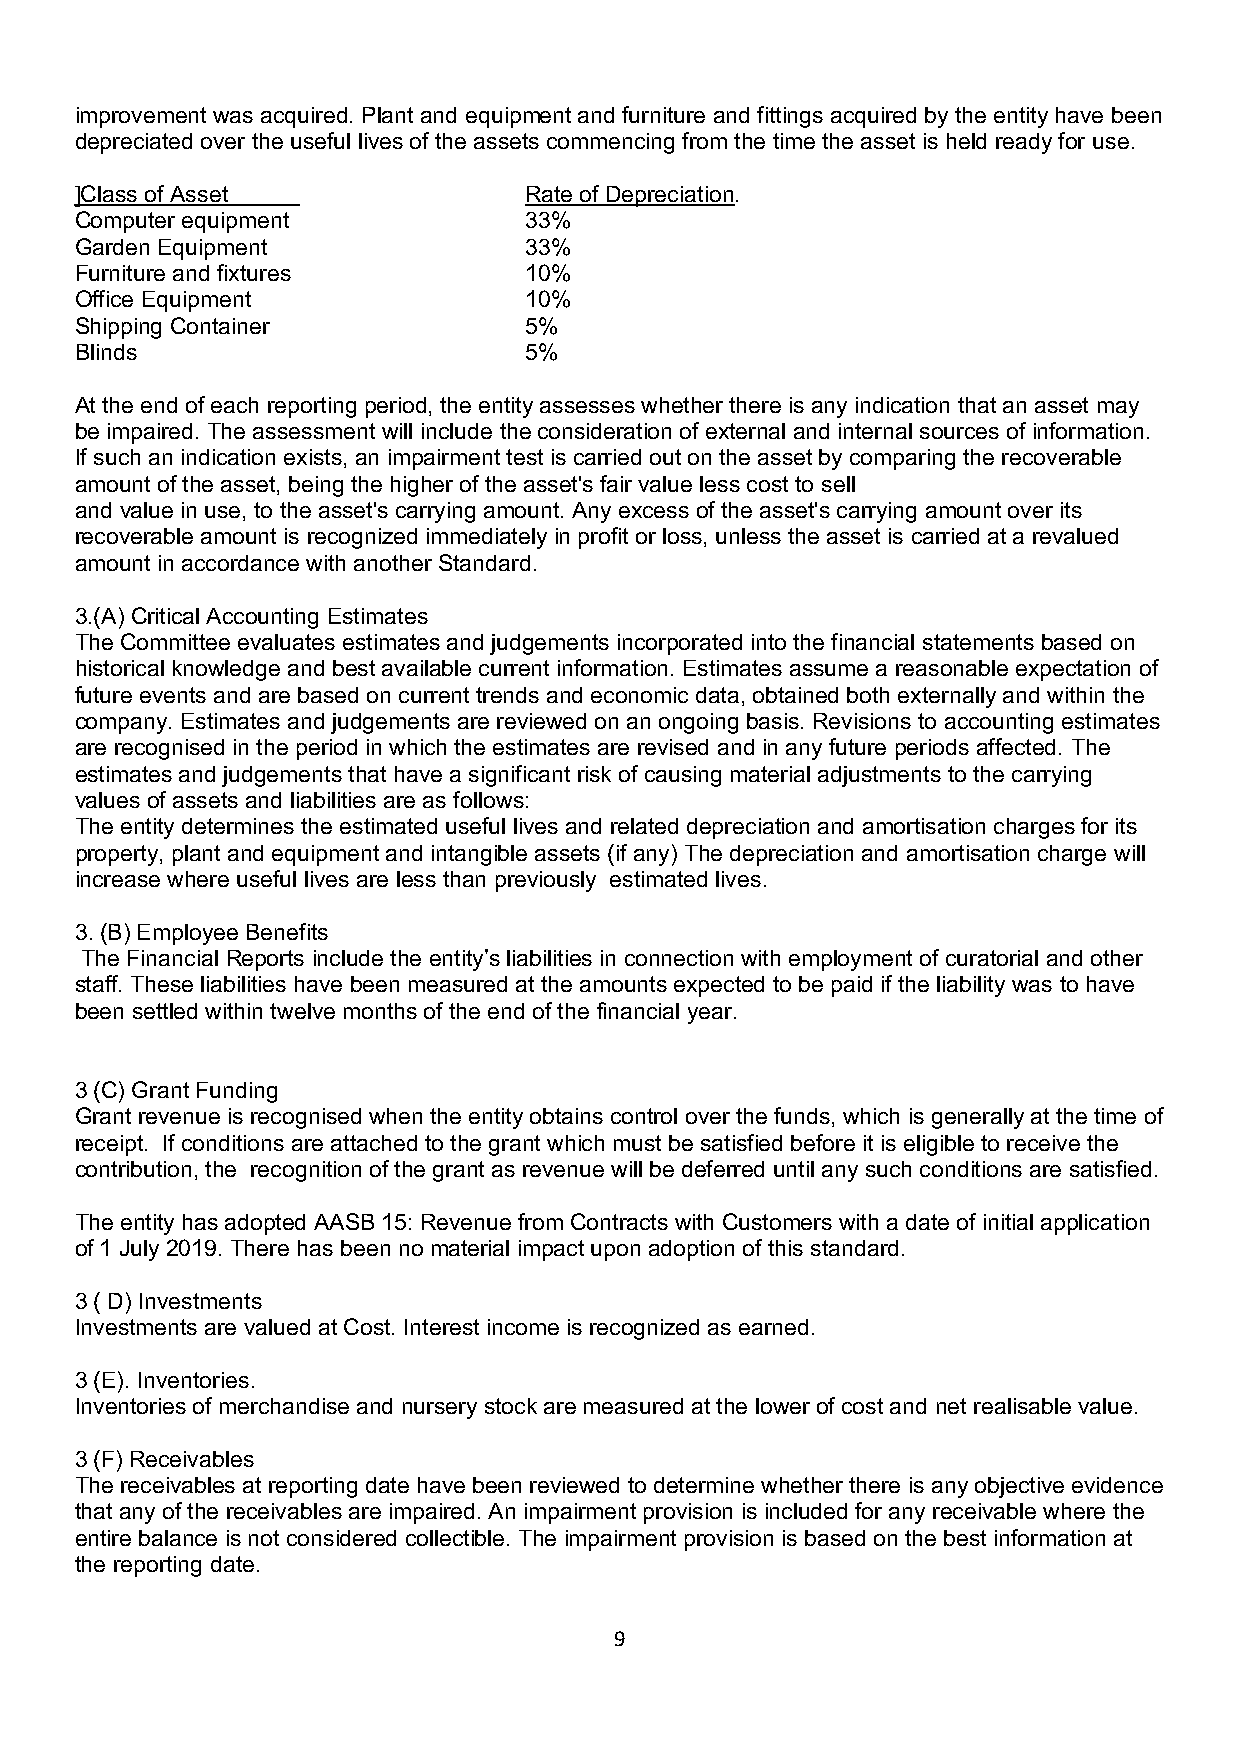
improvement was acquired. Plant and equipment and furniture and fittings acquired by the entity have been
 depreciated over the useful lives of the assets commencing from the time the asset is held ready for use.
 ]Class of Asset               Rate of Depreciation.
 Computer equipment            33%
 Garden Equipment              33%
 Furniture and fixtures        10%
 Office Equipment              10%
 Shipping Container            5%
 Blinds                        5%
 At the end of each reporting period, the entity assesses whether there is any indication that an asset may
 be impaired. The assessment will include the consideration of external and internal sources of information.
 If such an indication exists, an impairment test is carried out on the asset by comparing the recoverable
 amount of the asset, being the higher of the asset's fair value less cost to sell
 and value in use, to the asset's carrying amount. Any excess of the asset's carrying amount over its
 recoverable amount is recognized immediately in profit or loss, unless the asset is carried at a revalued
 amount in accordance with another Standard.
 3.(A) Critical Accounting Estimates
 The Committee evaluates estimates and judgements incorporated into the financial statements based on
 historical knowledge and best available current information. Estimates assume a reasonable expectation of
 future events and are based on current trends and economic data, obtained both externally and within the
 company. Estimates and judgements are reviewed on an ongoing basis. Revisions to accounting estimates
 are recognised in the period in which the estimates are revised and in any future periods affected. The
 estimates and judgements that have a significant risk of causing material adjustments to the carrying
 values of assets and liabilities are as follows:
 The entity determines the estimated useful lives and related depreciation and amortisation charges for its
 property, plant and equipment and intangible assets (if any) The depreciation and amortisation charge will
 increase where useful lives are less than previously estimated lives.
 3. (B) Employee Benefits
 The Financial Reports include the entity’s liabilities in connection with employment of curatorial and other
 staff. These liabilities have been measured at the amounts expected to be paid if the liability was to have
 been settled within twelve months of the end of the financial year.
 3 (C) Grant Funding
 Grant revenue is recognised when the entity obtains control over the funds, which is generally at the time of
 receipt. If conditions are attached to the grant which must be satisfied before it is eligible to receive the
 contribution, the recognition of the grant as revenue will be deferred until any such conditions are satisfied.
 The entity has adopted AASB 15: Revenue from Contracts with Customers with a date of initial application
 of 1 July 2019. There has been no material impact upon adoption of this standard.
 3 ( D) Investments
 Investments are valued at Cost. Interest income is recognized as earned.
 3 (E). Inventories.
 Inventories of merchandise and nursery stock are measured at the lower of cost and net realisable value.
 3 (F) Receivables
 The receivables at reporting date have been reviewed to determine whether there is any objective evidence
 that any of the receivables are impaired. An impairment provision is included for any receivable where the
 entire balance is not considered collectible. The impairment provision is based on the best information at
 the reporting date.
 9